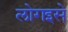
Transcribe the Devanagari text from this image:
लोगइसे